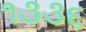
૧૩૩૬